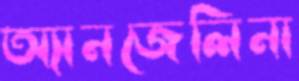
অ্যানজেলিনা